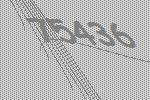
75436